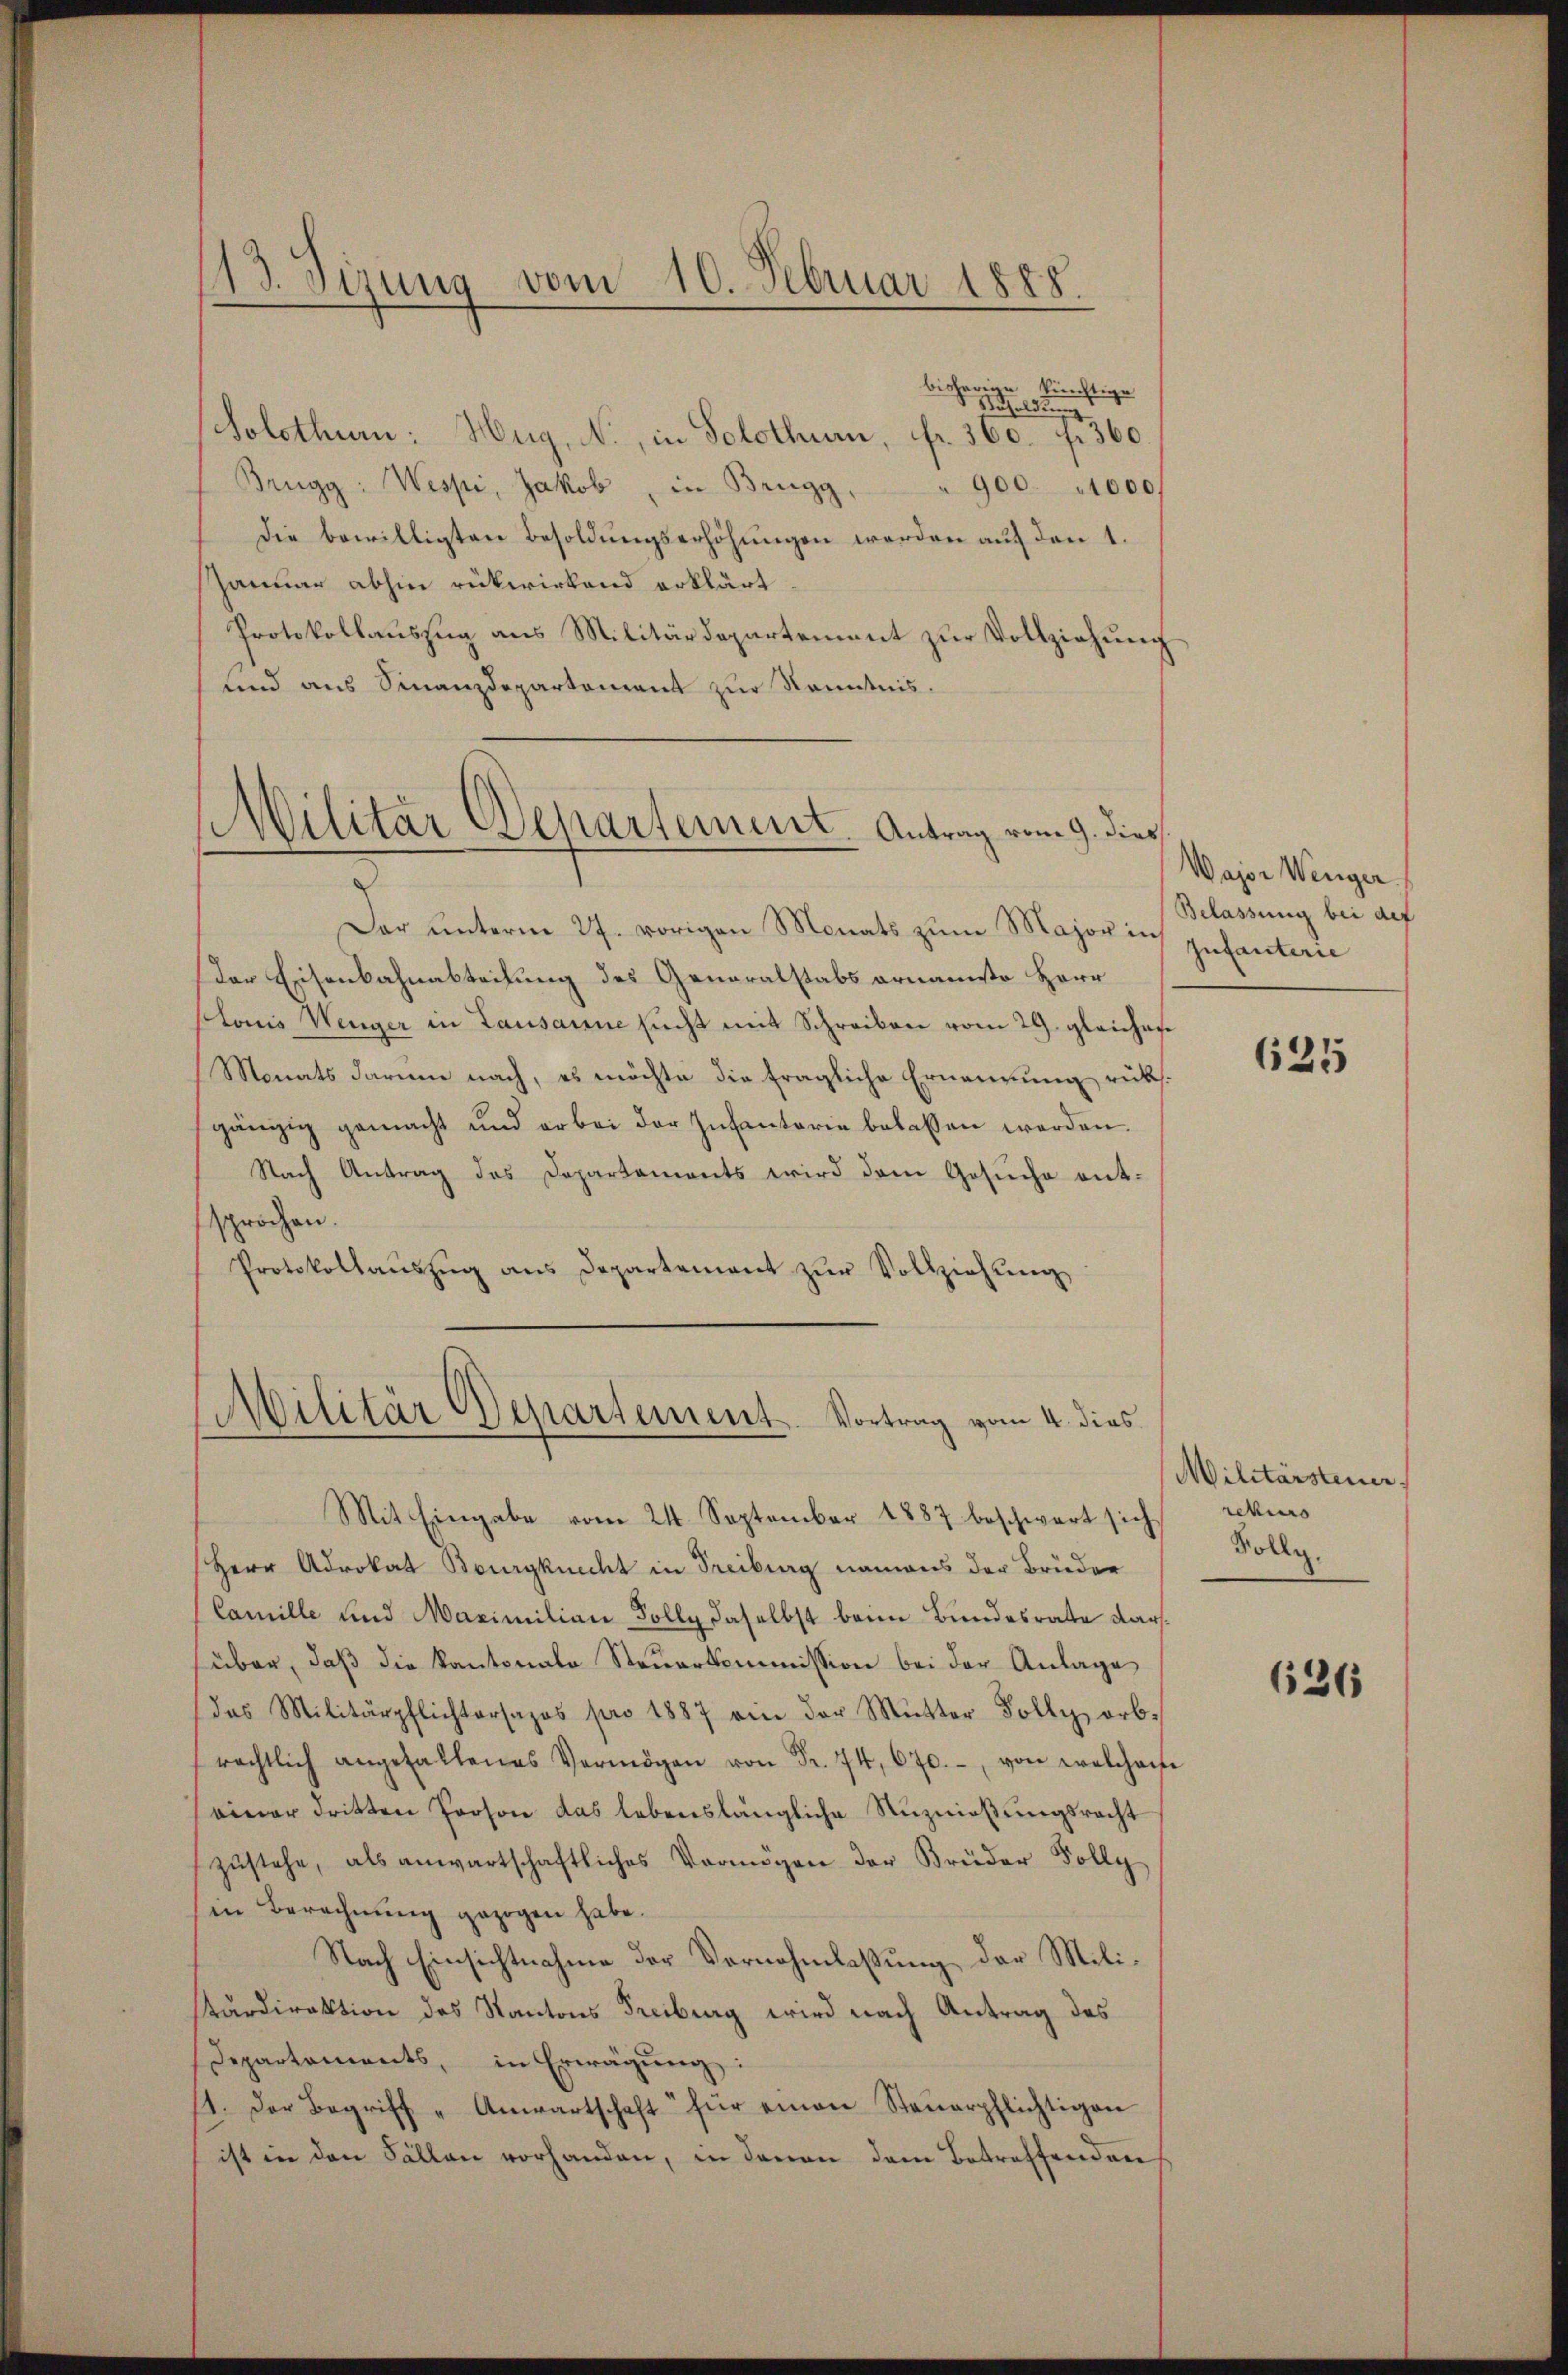
113. Sizung vom 10. Februar 1888.

bisherige künftige
Bezel den
Solothur: Hug, N., in Solothur, fr. 360. f. 360
Brugg: Wespi, Jakob, in Brugg,
900. 1000.
Die bewilligten Besoldungserhöhungen werden auf den 1.
Januar abhin rükwirkend erklärt
Protokollauszug aus Militärdepartement zur Vollziehung
Kind aus Finanzdepartement zur Kenntnis.

(Militar Departement. Antrag vom 9. dies
3

Dar ŭnterm 27. vorigen Monats zum Major in
Der Eisenbahnabteilung des Generalstabs ornamte Herr
Louis Wenger in Lausanne sucht mit Schreiben vom 29. gleiches
Monats darum nach, es möchte die fragliche Ernennung rücks
gängig gemacht und er bei der Infantorie belassen werden.
Nach Antrag des Departaments wird dem Gesŭche ent-
sprochen.
Protokollaŭszŭg ans Departement zŭr Vollziehŭng
Mit Eingabe vom 24. September 1887 beschwert sich
Herr Adrokat Bourgknecht in Freiburg namens der Brüder
Camille und Maximilian Tolly daselbst beim Bundesrate darüber, daß die Kantonale Steuerkommission bei der Anlage
das Militärpflichtorsapos pro 1887 an der Mŭtter Polly orb-
rechtlich angefallenes Vermögen von Fr. 74, 670. von welche
einer dritten Person das lebenslängliche Rŭznieβŭngsrecht
zustehe, als anwartschaftliches Vermögen der Brüder Volly
in Berechnung gezogen habe.
Nach Einsichtnahme der Vornahmlassung der Mili¬
Kardirektion des Kantons Freiburg wird nach Antrag des
Departements, in Erwägŭng:
11. Der Begriff "Anwartschaft für einen Steŭerpflichtigen
ist in den Fällen vorhanden, in davon dem Betreffenden

Militär Departement. Vortrag vom 4. dies

Wajor Wenger.
Belassung bei def
Infanterie

625

Militärsteuer
rekurs
Polly.

626